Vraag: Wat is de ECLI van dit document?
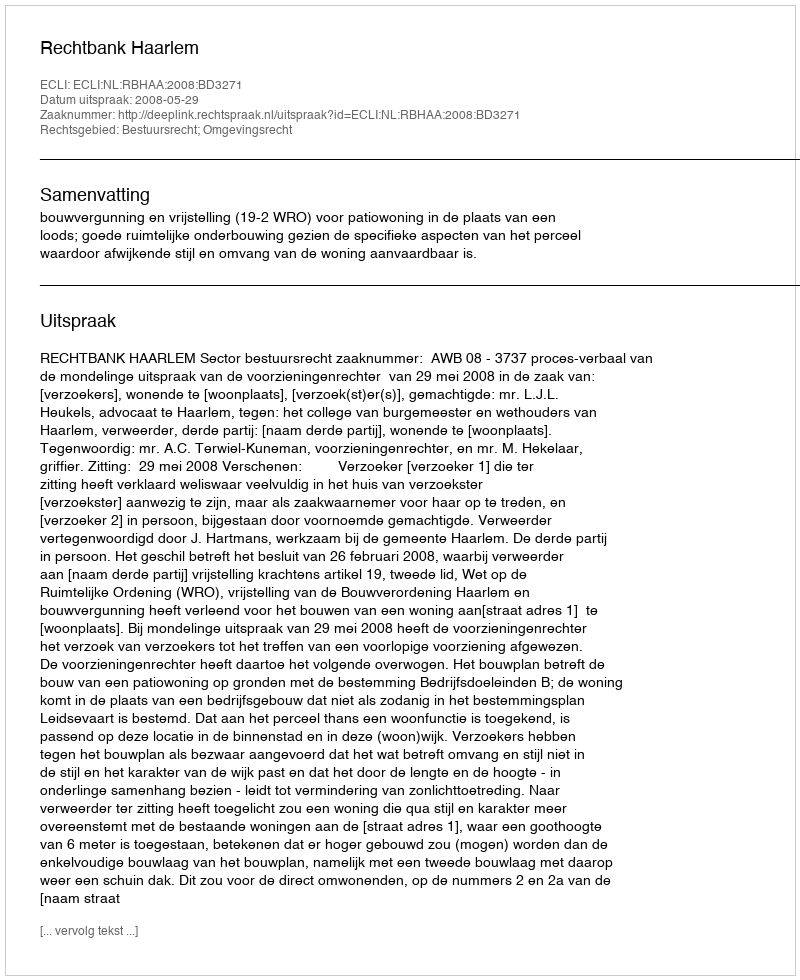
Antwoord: ECLI:NL:RBHAA:2008:BD3271